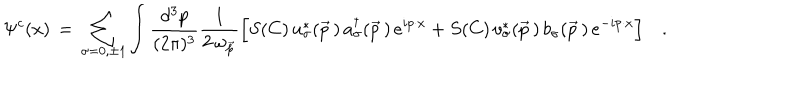
\Psi ^ { c } ( x ) \, = \, \sum _ { \sigma = 0 , \pm 1 } \int { \frac { d ^ { 3 } p } { ( 2 \pi ) ^ { 3 } } } { \frac { 1 } { 2 \, \omega _ { \vec { p } } } } \Big [ S ( C ) \, u _ { \sigma } ^ { \ast } ( \vec { p } \, ) \, a _ { \sigma } ^ { \dagger } ( \vec { p } \, ) \, e ^ { i p \cdot x } + S ( C ) \, v _ { \sigma } ^ { \ast } ( \vec { p } \, ) \, b _ { \sigma } ( \vec { p } \, ) \, e ^ { - i p \cdot x } \Bigr ] \quad .